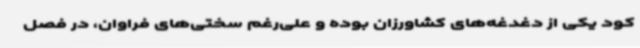
کود یکی از دغدغه‌های کشاورزان بوده و علی‌رغم سختی‌های فراوان، در فصل